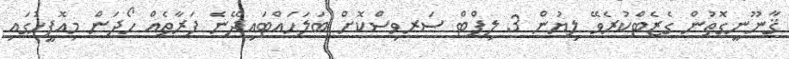
ޤާނޫނީގޮތުން ގެޒެޓްކުރެވޭ ލިޔުން 3 ލިފްޓް ސަރވިސްކޮށް ބަލަހައްޓައިދޭނެ ފަރާތެއް ހޯދަން މިއޮފީހުގައި